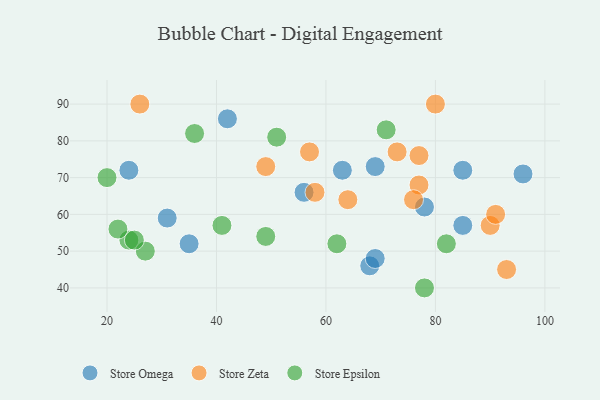
{"axis": {"x": "GDP", "y": "Life Expectancy"}, "legend": ["Store Epsilon", "Store Omega", "Store Zeta"], "data": [{"x": "42", "y": 86, "type": "Store Omega"}, {"x": "63", "y": 72, "type": "Store Omega"}, {"x": "31", "y": 59, "type": "Store Omega"}, {"x": "85", "y": 72, "type": "Store Omega"}, {"x": "78", "y": 62, "type": "Store Omega"}, {"x": "56", "y": 66, "type": "Store Omega"}, {"x": "69", "y": 73, "type": "Store Omega"}, {"x": "68", "y": 46, "type": "Store Omega"}, {"x": "35", "y": 52, "type": "Store Omega"}, {"x": "96", "y": 71, "type": "Store Omega"}, {"x": "24", "y": 72, "type": "Store Omega"}, {"x": "69", "y": 48, "type": "Store Omega"}, {"x": "85", "y": 57, "type": "Store Omega"}, {"x": "64", "y": 64, "type": "Store Zeta"}, {"x": "93", "y": 45, "type": "Store Zeta"}, {"x": "90", "y": 57, "type": "Store Zeta"}, {"x": "91", "y": 60, "type": "Store Zeta"}, {"x": "49", "y": 73, "type": "Store Zeta"}, {"x": "77", "y": 68, "type": "Store Zeta"}, {"x": "26", "y": 90, "type": "Store Zeta"}, {"x": "73", "y": 77, "type": "Store Zeta"}, {"x": "57", "y": 77, "type": "Store Zeta"}, {"x": "77", "y": 76, "type": "Store Zeta"}, {"x": "58", "y": 66, "type": "Store Zeta"}, {"x": "76", "y": 64, "type": "Store Zeta"}, {"x": "80", "y": 90, "type": "Store Zeta"}, {"x": "20", "y": 70, "type": "Store Epsilon"}, {"x": "24", "y": 53, "type": "Store Epsilon"}, {"x": "49", "y": 54, "type": "Store Epsilon"}, {"x": "36", "y": 82, "type": "Store Epsilon"}, {"x": "82", "y": 52, "type": "Store Epsilon"}, {"x": "78", "y": 40, "type": "Store Epsilon"}, {"x": "41", "y": 57, "type": "Store Epsilon"}, {"x": "27", "y": 50, "type": "Store Epsilon"}, {"x": "71", "y": 83, "type": "Store Epsilon"}, {"x": "22", "y": 56, "type": "Store Epsilon"}, {"x": "25", "y": 53, "type": "Store Epsilon"}, {"x": "62", "y": 52, "type": "Store Epsilon"}, {"x": "51", "y": 81, "type": "Store Epsilon"}]}